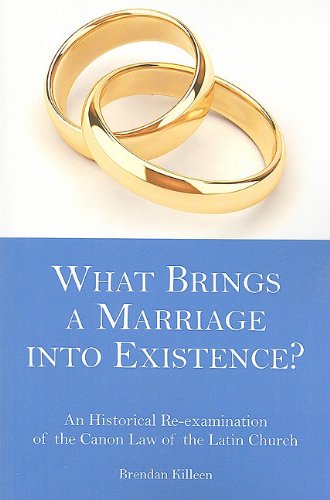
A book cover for What Brings a Marriage into Existence?: An Historical Re-examination of the Canon Law of the Latin Church; Brendan Killeen; Christian Books & Bibles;